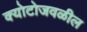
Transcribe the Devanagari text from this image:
क्योटोजवळील